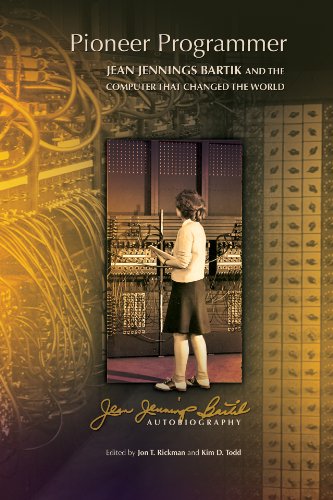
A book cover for Pioneer Programmer: Jean Jennings Bartik and the Computer that Changed the World; Jean Jennings Bartik; Computers & Technology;